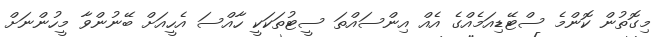
މިގޮތުން ކޮންމެ ސްޓޭޑިއަމެއްގެ އެއް އިންސައްތަ ސީޓުތަކަކީ ހާއްސަ އެހީއަށް ބޭނުންވާ މީހުންނަށް